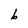
Character: b